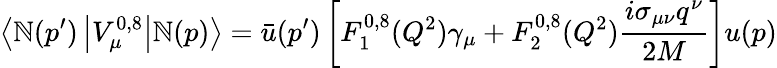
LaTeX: \left\langle\mathbb{N}(p^{\prime})\left|V_{\mu}^{0,8}\right|\mathbb{N}(p)\right\rangle=\bar{{u}}(p^{\prime})\left[F_{1}^{0,8}(Q^{2})\gamma_{\mu}+F_{2}^{0,8}(Q^{2})\frac{{i\sigma_{\mu\nu}q^{\nu}}}{{2M}}\right]u(p)